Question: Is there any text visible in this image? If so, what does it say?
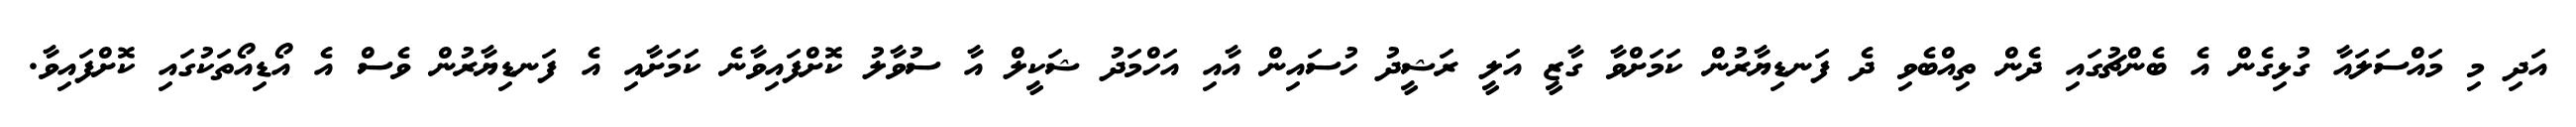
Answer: އަދި މި މައްސަލައާ ގުޅިގެން އެ ބެންޗުގައި ދެން ތިއްބެވި ދެ ފަނޑިޔާރުން ކަމަށްވާ ގާޒީ އަލީ ރަޝީދު ހުސައިން އާއި އަހްމަދު ޝަކީލް އާ ސުވާލު ކޮށްފައިވާނެ ކަމަށާއި އެ ފަނޑިޔާރުން ވެސް އެ އޯޑިއޯތަކުގައި ކޮށްފައިވާ.